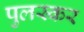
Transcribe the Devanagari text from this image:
पुलस्कर